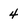
Character: 4